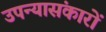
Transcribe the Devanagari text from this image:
उपन्यासंकारों